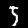
Label: 5